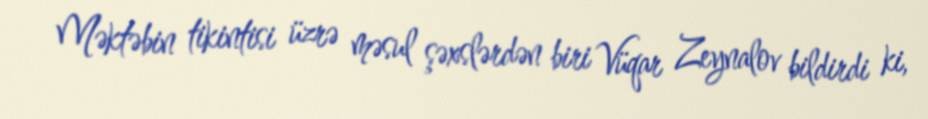
Məktəbin tikintisi üzrə məsul şəxslərdən biri Vüqar Zeynalov bildirdi ki,